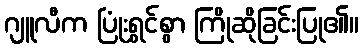
ဂျူလီက ပြုံးရွှင်စွာ ကြိုဆိုခြင်းပြု၏။